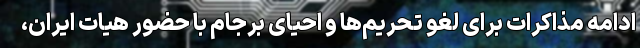
ادامه مذاکرات برای لغو تحریم‌ها و احیای برجام با حضور هیات ایران،